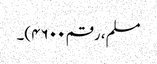
مسلم، رقم ۴۶۰۰)۔